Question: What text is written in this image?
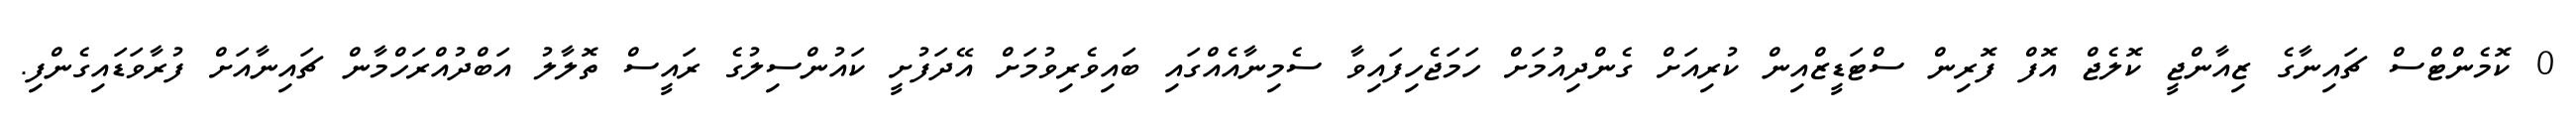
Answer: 0 ކޮމެންޓްސް ޗައިނާގެ ޒިއާންޖީ ކޮލެޖް އޮފް ފޮރިން ސްޓަޑީޒްއިން ކުރިއަށް ގެންދިއުމަށް ހަމަޖެހިފައިވާ ސެމިނާއެއްގައި ބައިވެރިވުމަށް އޭދަފުށީ ކައުންސިލުގެ ރައީސް ތޮލާލު އަބްދުއްރަހްމާން ޗައިނާއަށް ފުރާވަޑައިގެންފި.